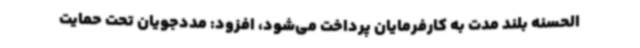
الحسنه بلند مدت به کارفرمایان پرداخت می‌شود، افزود: مددجویان تحت حمایت